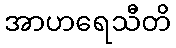
အာဟရေသီတိ